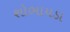
શોભાયડા